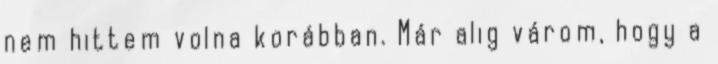
nem hittem volna korábban. Már alig várom, hogy a